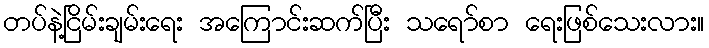
တပ်နဲ့ငြိမ်းချမ်းရေး အကြောင်းဆက်ပြီး သရော်စာ ရေးဖြစ်သေးလား။